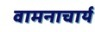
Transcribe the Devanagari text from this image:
वामनाचार्य